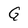
Character: G